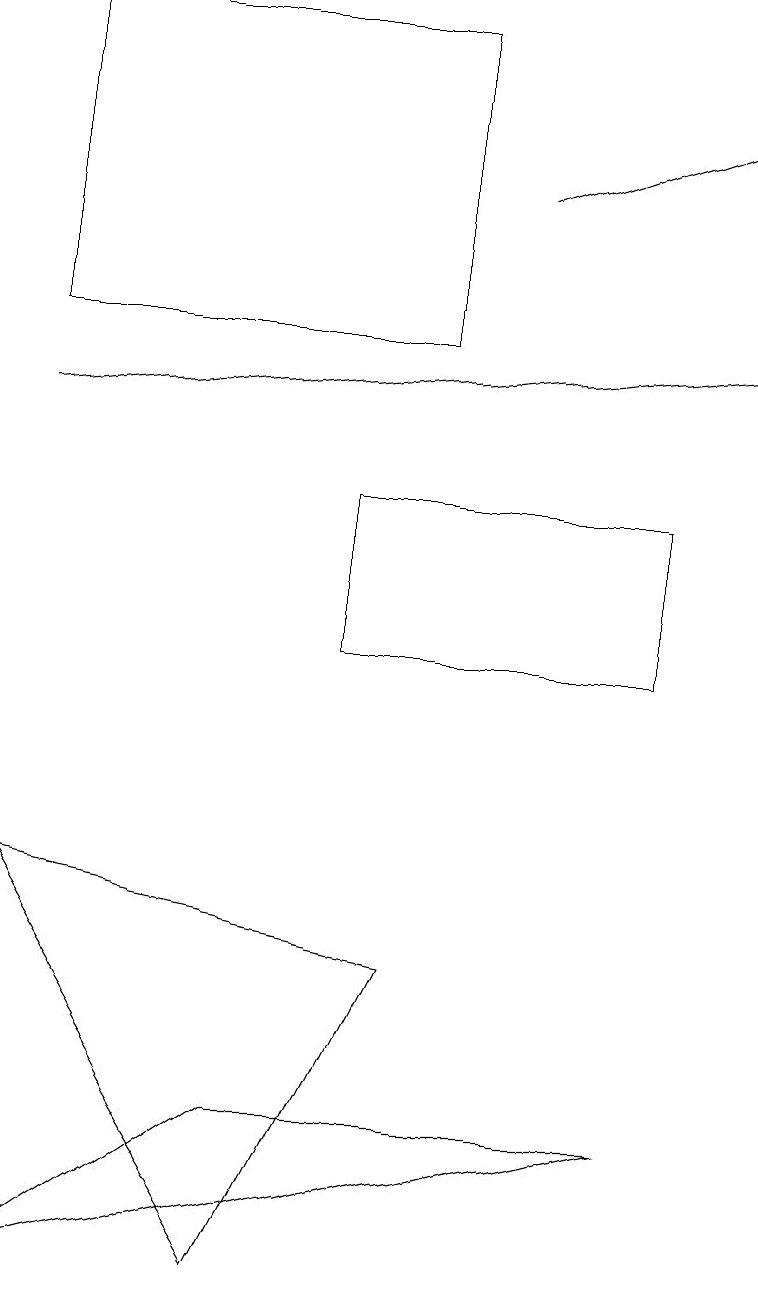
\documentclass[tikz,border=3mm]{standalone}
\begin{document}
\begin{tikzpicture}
\draw (3,2) -- (5,6) -- (0,7) -- cycle;
\draw (5,18) rectangle (0,14);
\draw[->] (0,13) -- (9,14);
\draw (8,4) -- (3,4) -- (0,2) -- cycle;
\draw[->] (6,16) -- (9,17);
\draw (8,12) rectangle (4,10);
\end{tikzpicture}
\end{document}